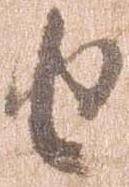
由